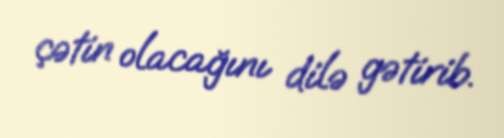
çətin olacağını dilə gətirib.